Indian journal of veterinary science and animal husbandry - Volumes 15-17, 1948-1951
Year: 1948
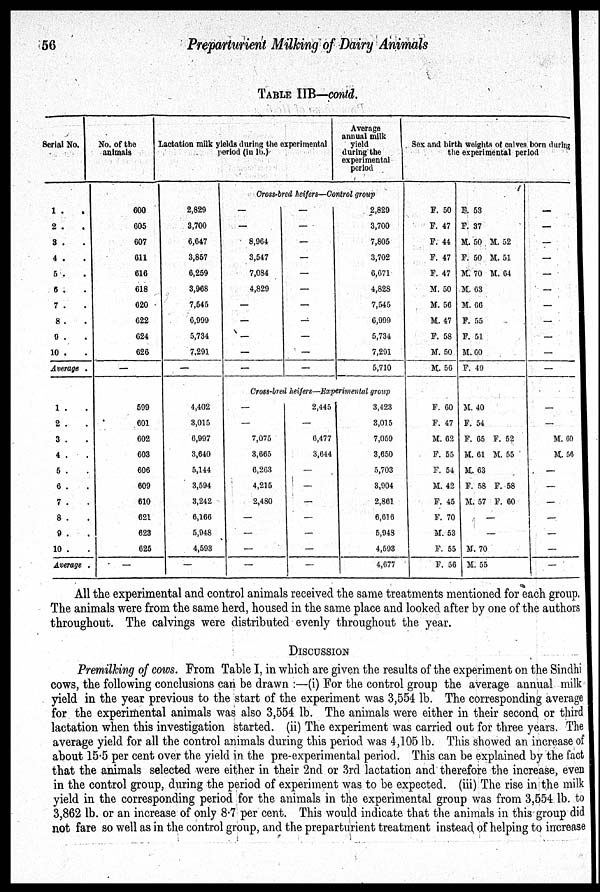
56
Preparturient Milking of Dairy Animals
TABLE IIB—contd.
Serial No.
1 . .
2 . .
3 . .
4 . .
5 . .
6 . .
7 . .
8 . .
9 . .
10 . .
Average .
1 . .
2 . .
3 . .
4 . .
5 . .
6 . .
7 . .
8 . .
9 . .
10 . .
Average ,
No. of the
animals
600
605
607
611
616
618
620
622
624
626
—
599
601
602
603
606
609
610
621
623
625
—
Lactation milk yields during the experimental
period (in lb.)
2,829
3,700
6,647
3,857
6,259
3,968
7,545
6,999
5,734
7,291
—
4,402
3,015
6,997
3,640
5,144
3,594
3,242
6,166
5,948
4,593
—
Average
annual milk
yield
during the
experimental
period
Gross-bred heifers—Control group
—
—
8,964
3,547
7,084
4,829
—
—
—
—
—
—
—
—
—
—
—
—
—
—
—
—
2,829
3,700
7,805
3,702
6,671
4,828
7,545
6,999
5,734
7,291
5,710
Cross-bred heifers—Experimental group
—
—
7,075
3,665
6,263
4,215
2,480
—
—
—
—
2,445
—
6,477
3,644
—
—
—
—
—
—
—
3,423
3,015
7,059
3,650
5,703
3,904
2,861
6,616
5,948
4,593
4,677
Sex and birth weights of calves born during
the experimental period
F. 50
F. 47
F. 44
F. 47
F. 47
M. 50
M. 56
M. 47
F. 58
M. 50
M. 56
F. 60
F. 47
M. 62
F. 55
F. 54
M. 42
F. 45
F. 70
M. 53
F. 55
F. 56
F. 53
F. 37
M. 50 M. 52
F. 50 M. 51
M. 70 M. 64
M. 63
M. 06
F. 55
F. 51
M. 60
F. 49
M. 40
F. 54
F. 65 F. 52
M. 61 M. 55
M. 63
F. 58 F. 58
M. 57 F. 60
—
—
M. 70
M. 55
—
—
—
—
—
—
—
—
—
—
—
—
—
M. 60
M. 56
—
—
—
—
—
—
—
All the experimental and control animals received the same treatments mentioned for each group.
The animals were from the same herd, housed in the same place and looked after by one of the authors
throughout. The calvings were distributed evenly throughout the year.
DISCUSSION
Premilking of cows. From Table I, in which are given the results of the experiment on the Sindhi
cows, the following conclusions can be drawn:—(i) For the control group the average annual milk
yield in the year previous to the start of the experiment was 3,554 lb. The corresponding average
for the experimental animals was also 3,554 lb. The animals were either in their second or third
lactation when this investigation started. (ii) The experiment was carried out for three years. The
average yield for all the control animals during this period was 4,105 lb. This showed an increase of
about 15.5 per cent over the yield in the pre-experimental period. This can be explained by the fact
that the animals selected were either in their 2nd or 3rd lactation and therefore the increase, even
in the control group, during the period of experiment was to be expected. (iii) The rise in the milk
yield in the corresponding period for the animals in the experimental group was from 3,554 lb. to
3,862 lb. or an increase of only 8.7 per cent. This would indicate that the animals in this group did
not fare so well as in the control group, and the preparturient treatment instead of helping to increase